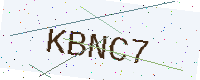
Text: KBNC7